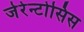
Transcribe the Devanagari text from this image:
जेरेन्टोसिस